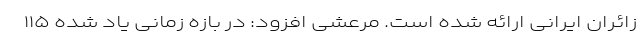
زائران ایرانی ارائه شده است. مرعشی افزود: در بازه زمانی یاد شده ۱۱۵